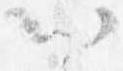
以